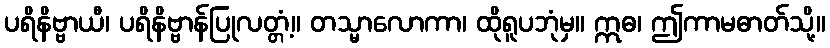
ပရိနိဗ္ဗာယီ၊ ပရိနိဗ္ဗာန်ပြုလတ္တံ့။ တသ္မာလောကာ၊ ထိုရူပဘုံမှ။ ဣဓ၊ ဤကာမဓာတ်သို့။